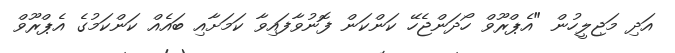
އަދި މަޖިލީހުން "އެޕްރޫވް ހޯދަންޖެހޭ ކަންކަން ފޮނުވާފައިިވާ ކަމަށާއި ބައެއް ކަންކަމުގެ އެޕްރޫވް